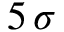
5 \, \sigma